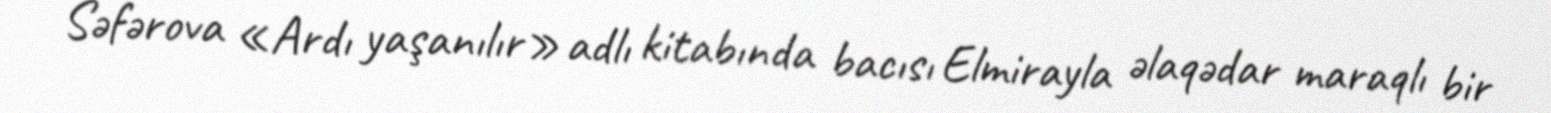
Səfərova «Ardı yaşanılır» adlı kitabında bacısı Elmirayla əlaqədar maraqlı bir